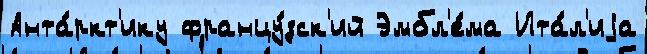
Анта́ркт'ику францу́зск'ий Эмбл'е́ма Ита́л'иjа